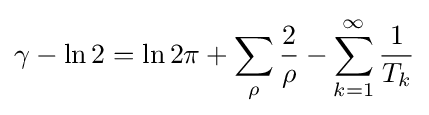
\gamma -\ln 2=\ln 2\pi +\sum _{\rho }{\frac {2}{\rho }}-\sum _{k=1}^{\infty }{\frac {1}{T_{k}}}